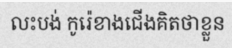
លះបង់ កូរ៉េខាងជើងគិតថាខ្លួន